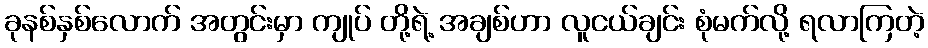
ခုနစ်နှစ်လောက် အတွင်းမှာ ကျုပ် တို့ရဲ့ အချစ်ဟာ လူငယ်ချင်း စုံမက်လို့ ရလာကြတဲ့